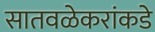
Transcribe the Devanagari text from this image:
सातवळेकरांकडे